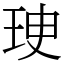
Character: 㻀